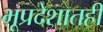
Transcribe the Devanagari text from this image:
भूप्रदेशातही